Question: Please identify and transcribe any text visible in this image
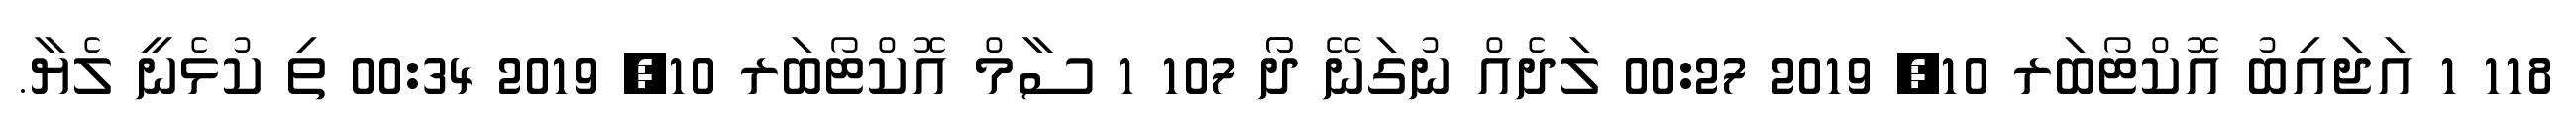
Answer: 118 1 އަޖައިބު އޮކްޓޯބަރ 10, 2019 00:27 ލަދެއް ނުގަނޭ ދޯޯ 107 1 ސާމް އޮކްޓޯބަރ 10, 2019 00:34 ތި ކުޅެނީ ލެޔާ.